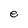
Character: e